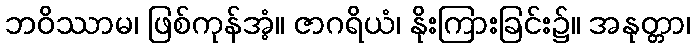
ဘဝိဿာမ၊ ဖြစ်ကုန်အံ့။ ဇာဂရိယံ၊ နိုးကြားခြင်း၌။ အနုတ္တာ၊